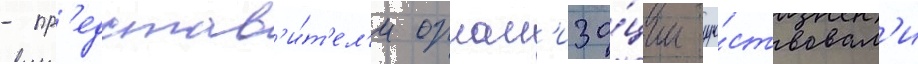
- пр'едстав'и́т'ел'и орган'иза́ции уча́ствовал'и